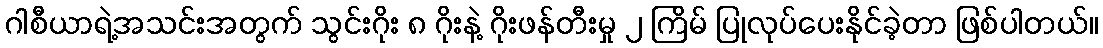
ဂါစီယာရဲ့အသင်းအတွက် သွင်းဂိုး ၈ ဂိုးနဲ့ ဂိုးဖန်တီးမှု ၂ ကြိမ် ပြုလုပ်ပေးနိုင်ခဲ့တာ ဖြစ်ပါတယ်။